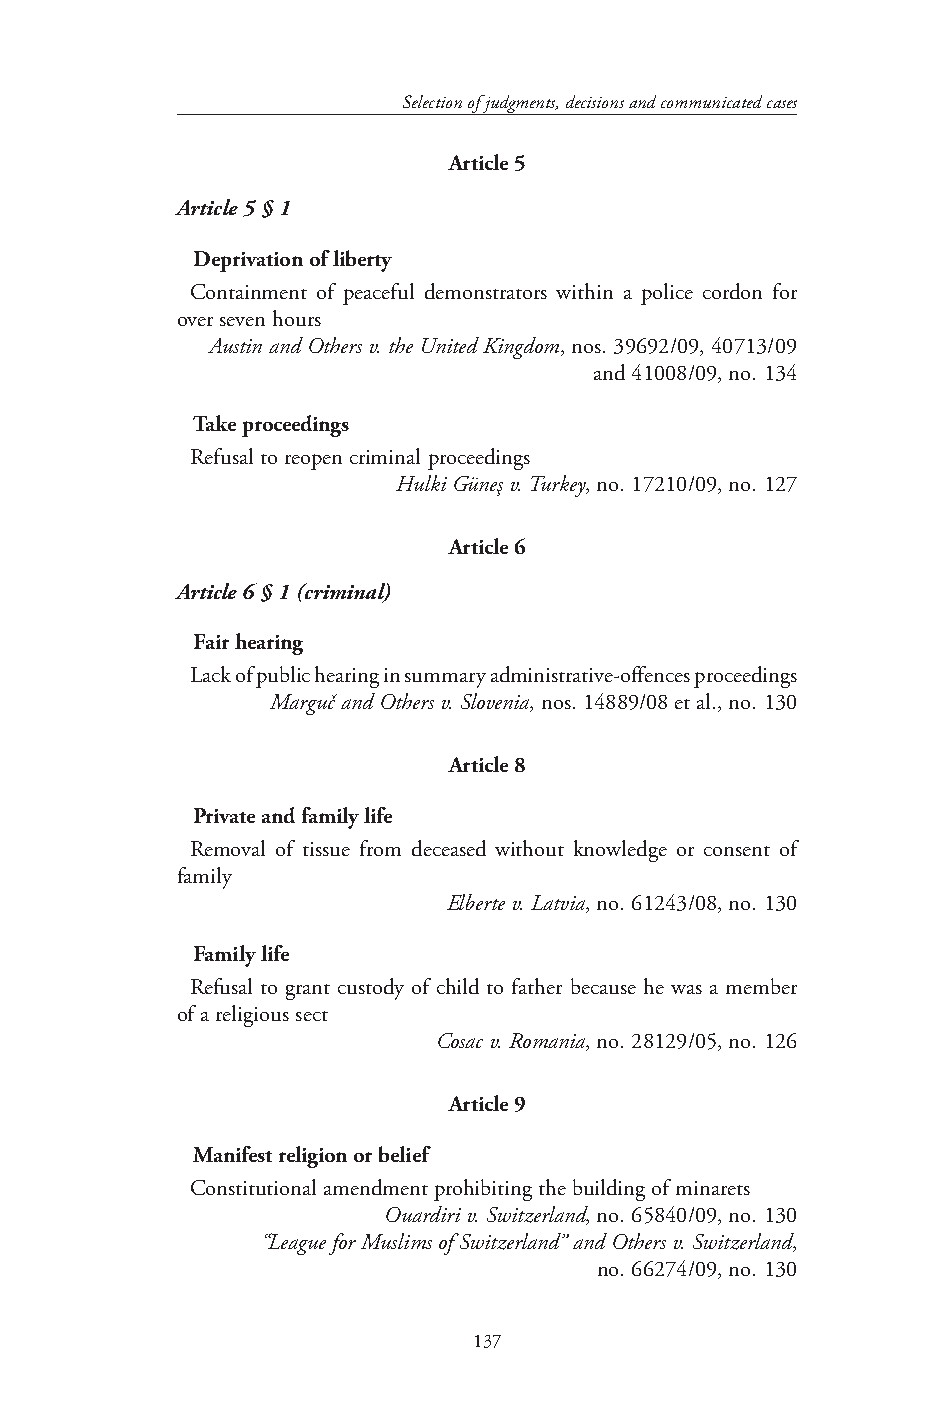
Selection of judgments, decisions and communicated cases
 Article 5
 Article 5 § 1
 Deprivation of liberty
 Containment of peaceful demonstrators within a police cordon for
 over seven hours
 Austin and Others v. the United Kingdom, nos. 39692/09, 40713/09
 and 41008/09, no. 134
 Take proceedings
 Refusal to reopen criminal proceedings
 Hulki Güneş v. Turkey, no. 17210/09, no. 127
 Article 6
 Article 6 § 1 (criminal)
 Fair hearing
 Lack of public hearing in summary administrative-offences proceedings
 Marguč and Others v. Slovenia, nos. 14889/08 et al., no. 130
 Article 8
 Private and family life
 Removal of tissue from deceased without knowledge or consent of
 family
 Elberte v. Latvia, no. 61243/08, no. 130
 Family life
 Refusal to grant custody of child to father because he was a member
 of a religious sect
 Cosac v. Romania, no. 28129/05, no. 126
 Article 9
 Manifest religion or belief
 Constitutional amendment prohibiting the building of minarets
 Ouardiri v. Switzerland, no. 65840/09, no. 130
 “League for Muslims of Switzerland” and Others v. Switzerland,
 no. 66274/09, no. 130
 137